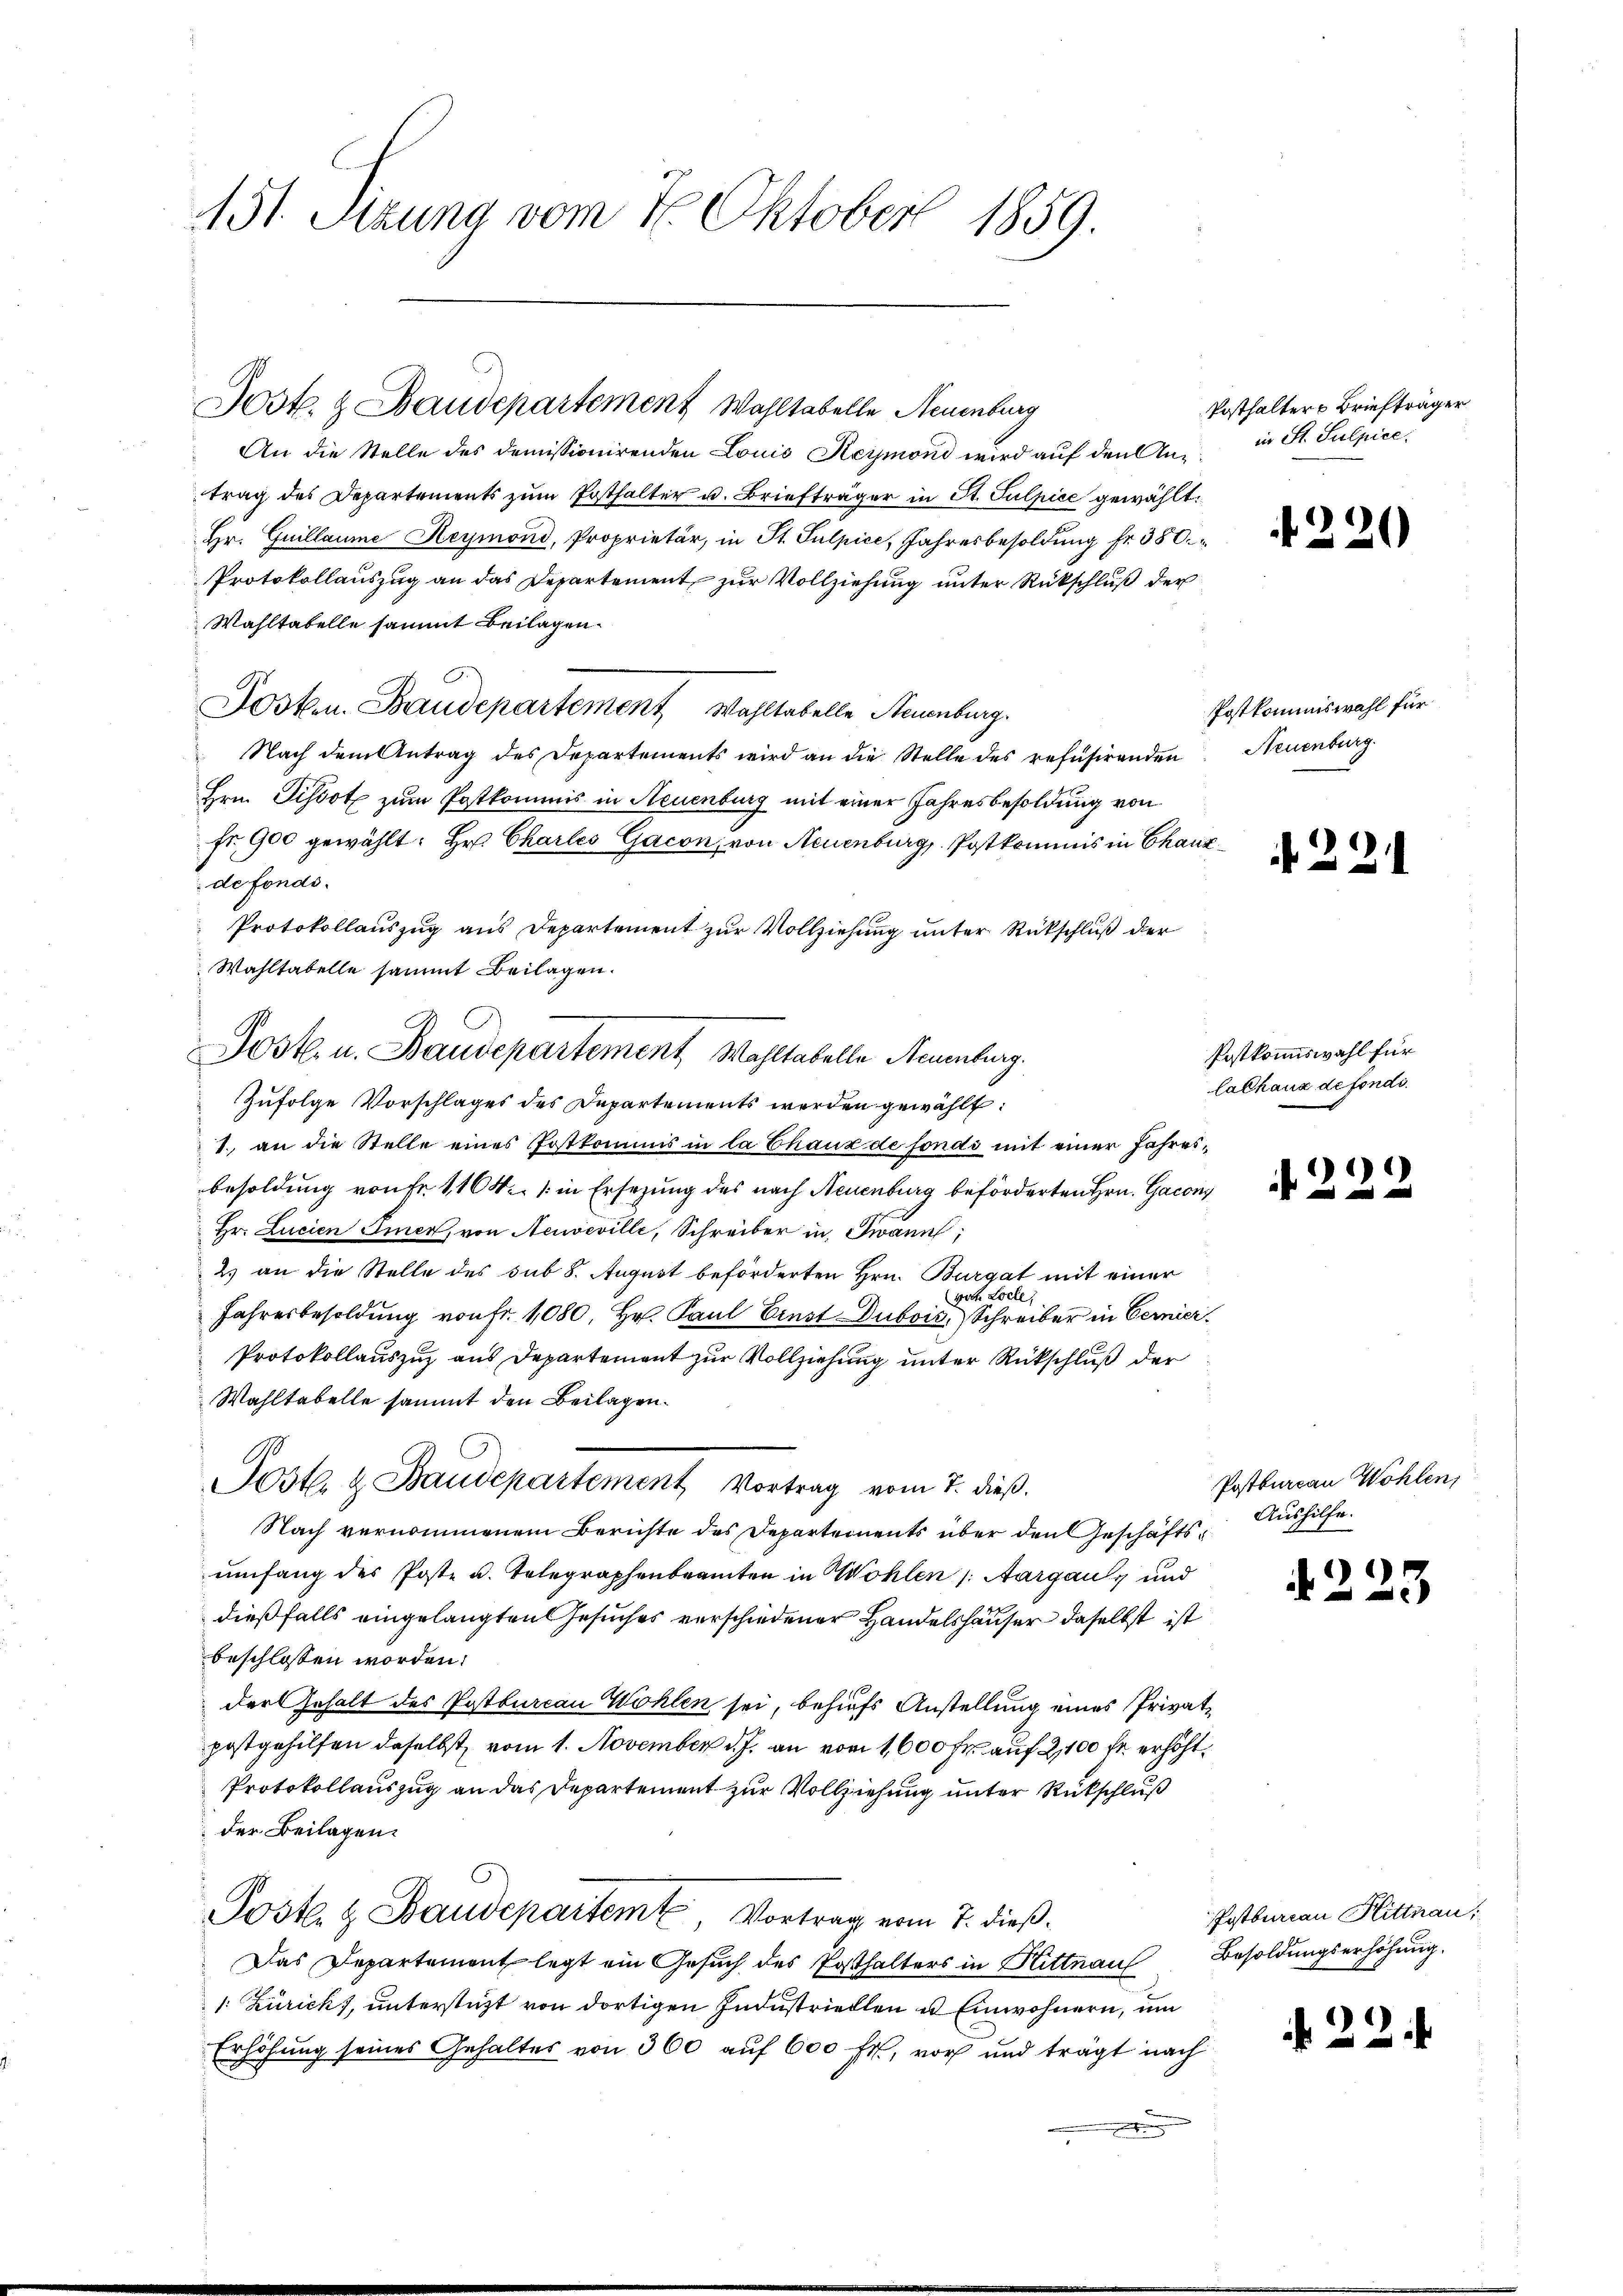
151. Sitzung vom 16. Oktober 1859.

Jost. & Baudepartement Wahltabelle Neuenburg

An die Stelle des demissionirenden Louis Reymond wird auf den Antrag des Departements zum Posthalter u. Briefträger in St. Sulpice gewählt.
Hr. Guillaume Heymond, Proprietär, in St. Sulpice, Jahresbesoldung fr. 380.
Protokollauszug an das Departement, zur Vollziehung unter Rückschluß der
Wahltabelle sammt Beilagen.
Josten. Baudepartement Wohltabelle Steuenburg.
Nach dem Antrag des Departements wird an die Stelle des refüsirenden Neuenburg
Hrn. Pissot zum Postkommis in Neuenburg mit einer Jahresbesoldung von
fr. 900 gewählt: Hr. Charles Gacon, von Neuenburg, Postkommis in Chaux
de fonds.
Protokollauszug aus Departement zur Vollziehung unter Rückschluß der
Wahltabelle sammt Beilagen.
Zufolge Vorschlages des Departements werden gewählt:
1. an die Stelle eines Postkommis in la Chaux de fonds mit einer Jahresbesoldung von Fr. 1164 / in Ersezung des nach Neuenburg beförderten Hrn. Gacon
Hr. Lucien Eier, von Neuveville, Schreiber in Twann;
2 an die Stelle des sub 8. August beförderten Hrn. Burgat mit einer
gott Loche
Jahresbesoldung von Fr. 1080. Hr. Paul Einst Dubois Schreiber in Bernier
Protokollauszug aus Departement zur Vollziehung unter Rückschluß der
Wahltabelle sammt den Beilagen.
Post & Baudepartement Vortrag vom 7. dieß.
Nach vernommenem Berichte des Departements über den Geschäftsumfang des Poste u. Telegraphenbeamten in Wohlen /: Aargau und
dießfalls eingelangten Gesuches verschiedener Handelshäuser daselbst ist
beschlossen worden.
der Gehalt des Postbureau Wohlen sei, behufs Anstellung eines Privatpostgehilfen daselbst, vom 1. November d. J. an vom 1600 fr. auf 2,100 fr. erhöht.
Protokollauszug an das Departement zur Vollziehung unter Rückschluß
der Beilagen.
Posk. & Baudepartem Vortrag vom 7. dieß.
Das Departement legt ein Gesuch des Posthalters in Hittnau Besoldungserhöhung.
1: Züricht, unterstützt von dortigen Industriellen u. Einwohnern, um
Erhöhung seines Gehaltes von 300 auf 600 fr., vor und trägt nach

Jost u. Baudepartement Wohltabelle Neuenburg.

Posthalter Briefträger
in St. Sulpice.

220

Postkommiswahl für

221

Postkommiswahl für
lalhaus de fonds.

)

Postbureau Wöhlen,
Aushilfe.

223

Postbureau Hittnau,

N 22